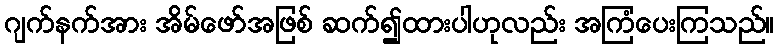
ဂျက်နက်အား အိမ်ဖော်အဖြစ် ဆက်၍ထားပါဟုလည်း အကြံပေးကြသည်။